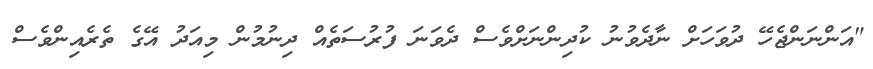
"އަންނަންޖެހޭ ދުވަހަށް ނާދެވުނު ކުދިންނަށްވެސް ދެވަނަ ފުރުސަތެއް ދިނުމުން މިއަދު އޭގެ ތެރެއިންވެސް